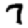
Digit: 7